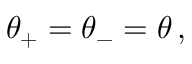
\: \theta _ { + } = \theta _ { - } = \theta \, , \: